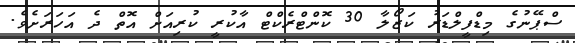
ސްޕޭނުގެ މިޑްފީލްޑަރު ކަޒޯލާ 30 ކޮންޓްރެކްޓް އާކުރީ ކުރިއަށް އޮތް ދެ އަހަރަށެވެ.